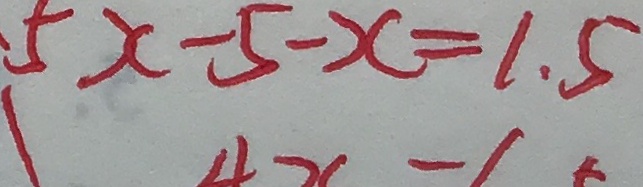
5 x - 5 - x = 1 . 5